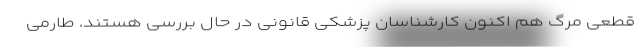
قطعی مرگ هم اکنون کارشناسان پزشکی قانونی در حال بررسی هستند. طارمی